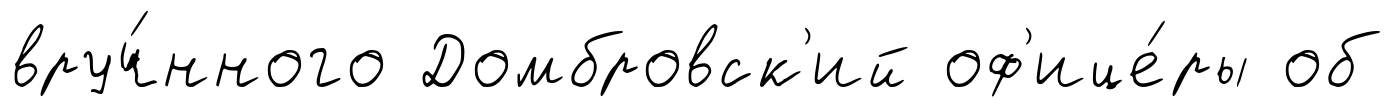
вруч́нного Домбровск'ий оф'ице́ры об